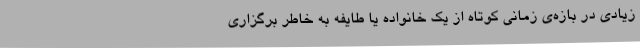
زیادی در بازه‌ی زمانی کوتاه از یک خانواده یا طایفه به خاطر برگزاری